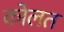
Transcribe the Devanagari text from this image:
कोलत